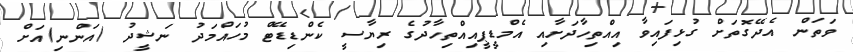
ވަތަން އެދޭގޮތަށް ގުޅިފައިވާ އިއްތިހާދަށާއި އެމްޑީޕީއިއްތިހާދުގެ ރިޔާސީ ކެންޑިޑޭޓް މުހައްމަދު ނަޝީދު (އަންނި)އަށް